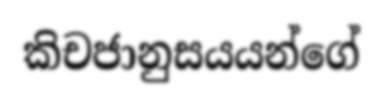
කිචජානුසයයන්ගේ